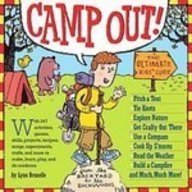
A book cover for Camp Out!: The Ultimate Kids' Guide from the Backyard to the Wackwoods; Lynn Brunelle; Children's Books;